Report on vaccination in the Province of Bengal - 1874-1889
Year: 1874
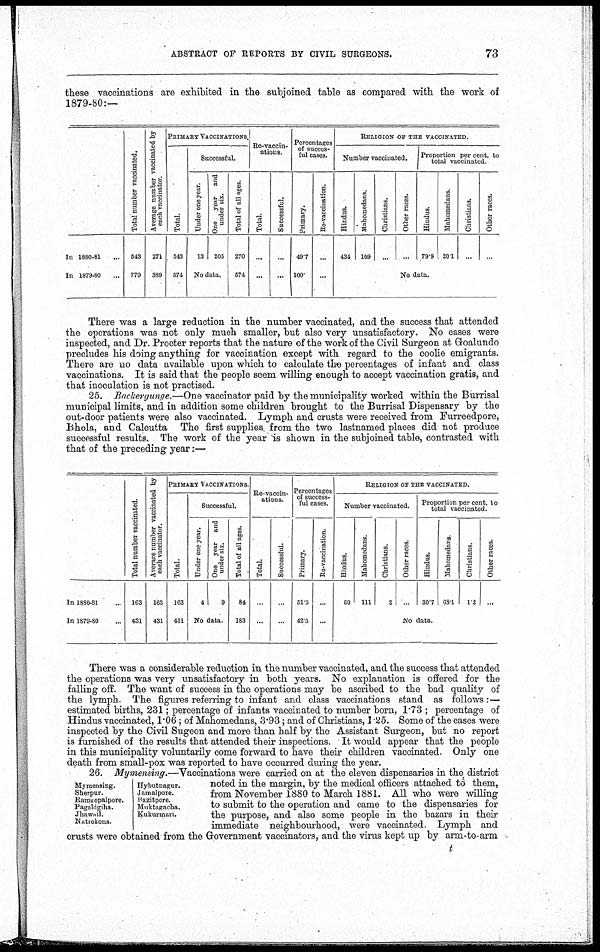
ABSTRACT OF REPORTS BY CIVIL SURGEONS.
73
these vaccinations are exhibited in the subjoined table as compared with the work of
1879-80:—
In 1880-81...
In 1879-80...
Total number vaccinated.
543
779
Average number vaccinated by
each vaccinator.
271
389
PRIMARY VACCINATIONS.
Total.
543
574
Successful.
Under one year.
13
One year
and
under six.
205
No data.
Total of all ages.
270
574
Re-vaccin-
ations.
Total.
...
...
Successful.
...
...
Percentages
of succes-
ful cases.
Primary.
49.7
100.
Re-vaccination.
...
...
RELIGION OF THE VACCINATED.
Number vaccinated.
Hindus.
434
Mahomedans.
109
Christians.
...
Other races.
...
Proportion per cent. to
total vaccinated.
Hindus.
79.9
Mahomedans.
20.1
Christians.
...
Other races.
...
No data.
There was a large reduction in the number vaccinated, and the success that attended
the operations was not only much smaller, but also very unsatisfactory. No cases were
inspected, and Dr. Procter reports that the nature of the work of the Civil Surgeon at Goalundo
precludes his doing anything for vaccination except with regard to the coolie emigrants.
There are no data available upon which to calculate the percentages of infant and class
vaccinations. It is said that the people seem willing enough to accept vaccination gratis, and
that inoculation is not practised.
25. Backergunge.—One vaccinator paid by the municipality worked within the Burrisal
municipal limits, and in addition some children brought to the Burrisal Dispensary by the
out-door patients were also vaccinated. Lymph and crusts were received from Furreedpore,
Bhola, and Calcutta The first supplies from the two lastnamed places did not produce
successful results. The work of the year is shown in the subjoined table, contrasted with
that of the preceding year:—
In 1880-81...
In 1879-80...
Total number vaccinated.
163
431
Average number vaccinated by
each vaccinator.
163
431
PRIMARY VACCINATIONS.
Total.
163
431
Successful.
Under one year.
4
One year
and
under six.
9
No data.
Total of all ages.
84
183
Re-vaccin-
ations.
Total.
...
...
Successful.
...
...
Percentages
of success-
ful cases.
Primary.
51.5
42.5
Re-vaccination.
...
...
RELIGION OF THE VACCINATED.
Number vaccinated.
Hindus.
50
Mahomedans.
111
Christians.
2
Other races.
...
Proportion per cent. to
total vaccinated.
Hindus.
30.7
Mahomedans.
68.1
Christians.
1.2
Other races.
...
No data.
There was a considerable reduction in the number vaccinated, and the success that attended
the operations was very unsatisfactory in both years. No explanation is offered for the
falling off. The want of success in the operations may be ascribed to the bad quality of
the lymph. The figures referring to infant and class vaccinations stand as follows:—
estimated births, 231; percentage of infants vaccinated to number born, 1.73 ; percentage of
Hindus vaccinated, 1.06; of Mahomedans, 3.93; and of Christians, 1.25. Some of the cases were
inspected by the Civil Sugeon and more than half by the Assistant Surgeon, but no report
is furnished of the results that attended their inspections. It would appear that the people
in this municipality voluntarily come forward to have their children vaccinated. Only one
death from small-pox was reported to have occurred during the year.
26. Mymensing.—Vaccinations were carried on at the eleven dispensaries in the district
noted in the margin, by the medical officers attached to them,
from November 1880 to March 1881. All who were willing
to submit to the operation and came to the dispensaries for
the purpose, and also some people in the bazars in their
immediate neighbourhood, were vaccinated. Lymph and
crusts were obtained from the Government vaccinators, and the virus kept up by arm-to-arm
Mymensing.
Sherpur.
Ramgopalpore.
Pagaldgiha.
Jhawail.
Natrokona.
Hybutnagur.
Jamalpore.
Hazitpore.
Muktagacha.
Kukurmari.
t